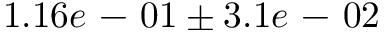
1 . 1 6 e \mathrm { ~ - ~ } 0 1 \pm 3 . 1 e \mathrm { ~ - ~ } 0 2